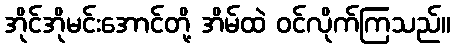
အိုင်အိုမင်းအောင်တို့ အိမ်ထဲ ဝင်လိုက်ကြသည်။